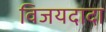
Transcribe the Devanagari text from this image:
विजयदादा